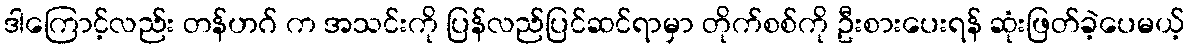
ဒါကြောင့်လည်း တန်ဟဂ် က အသင်းကို ပြန်လည်ပြင်ဆင်ရာမှာ တိုက်စစ်ကို ဦးစားပေးရန် ဆုံးဖြတ်ခဲ့ပေမယ့်